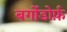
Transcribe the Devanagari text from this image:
बर्गोडोर्फ़